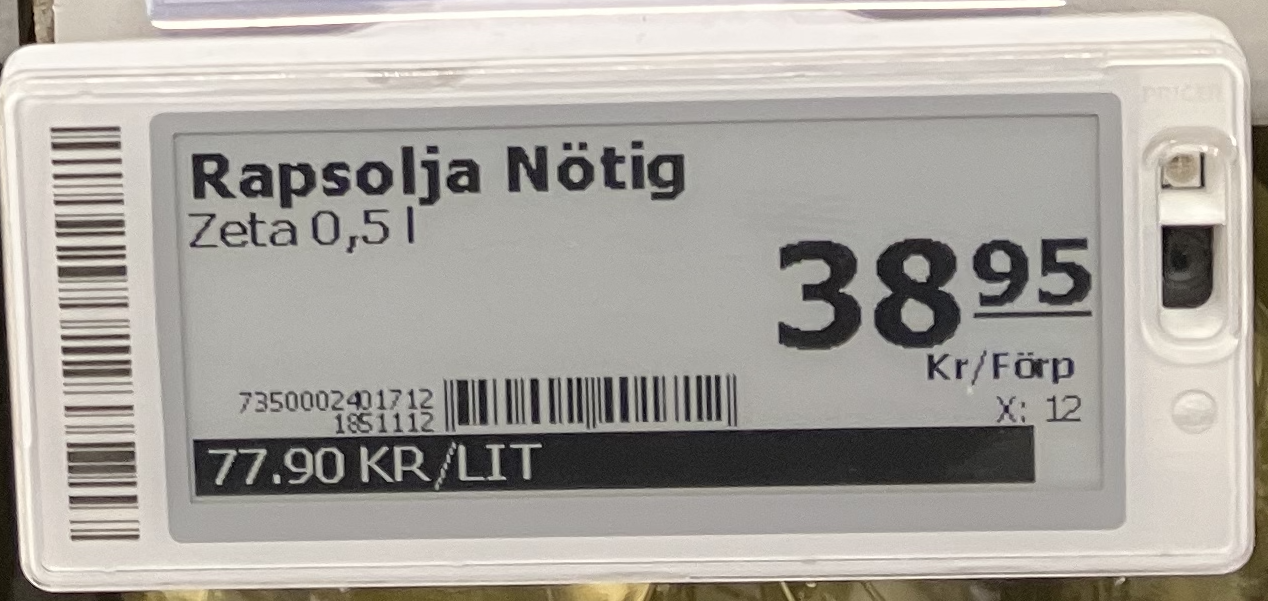
Vara: Rapsolja Nötig
Genomsnittspris: 77.9 per L